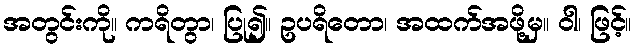
အတွင်းကို။ ကရိတွာ၊ ပြု၍။ ဥပရိတော၊ အထက်အဖို့မှ။ ဝါ၊ ဖြင့်။